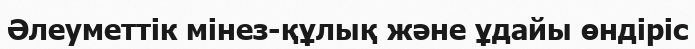
Әлеуметтік мінез-құлық және ұдайы өндіріс